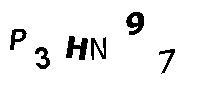
P3HN97